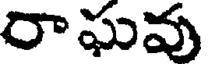
రాఘవు